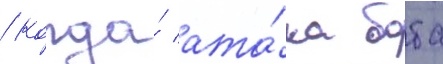
/ когда́ ата́ка боба